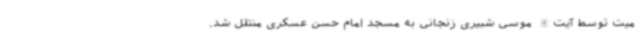
میت توسط آیت‌الله موسی شبیری زنجانی به مسجد امام حسن عسکری منتقل شد.